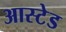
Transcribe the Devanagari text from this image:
आस्टेड